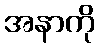
အနာကို